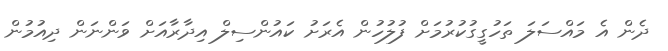
ދެން އެ މައްސަލަ ތަހުގީގުކުރުމަށް ފުލުހުން އެރަށު ކައުންސިލް އިދާރާއަށް ވަންނަން ދިއުމުން